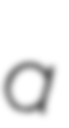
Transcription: a